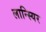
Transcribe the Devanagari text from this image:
लान्स्यिर